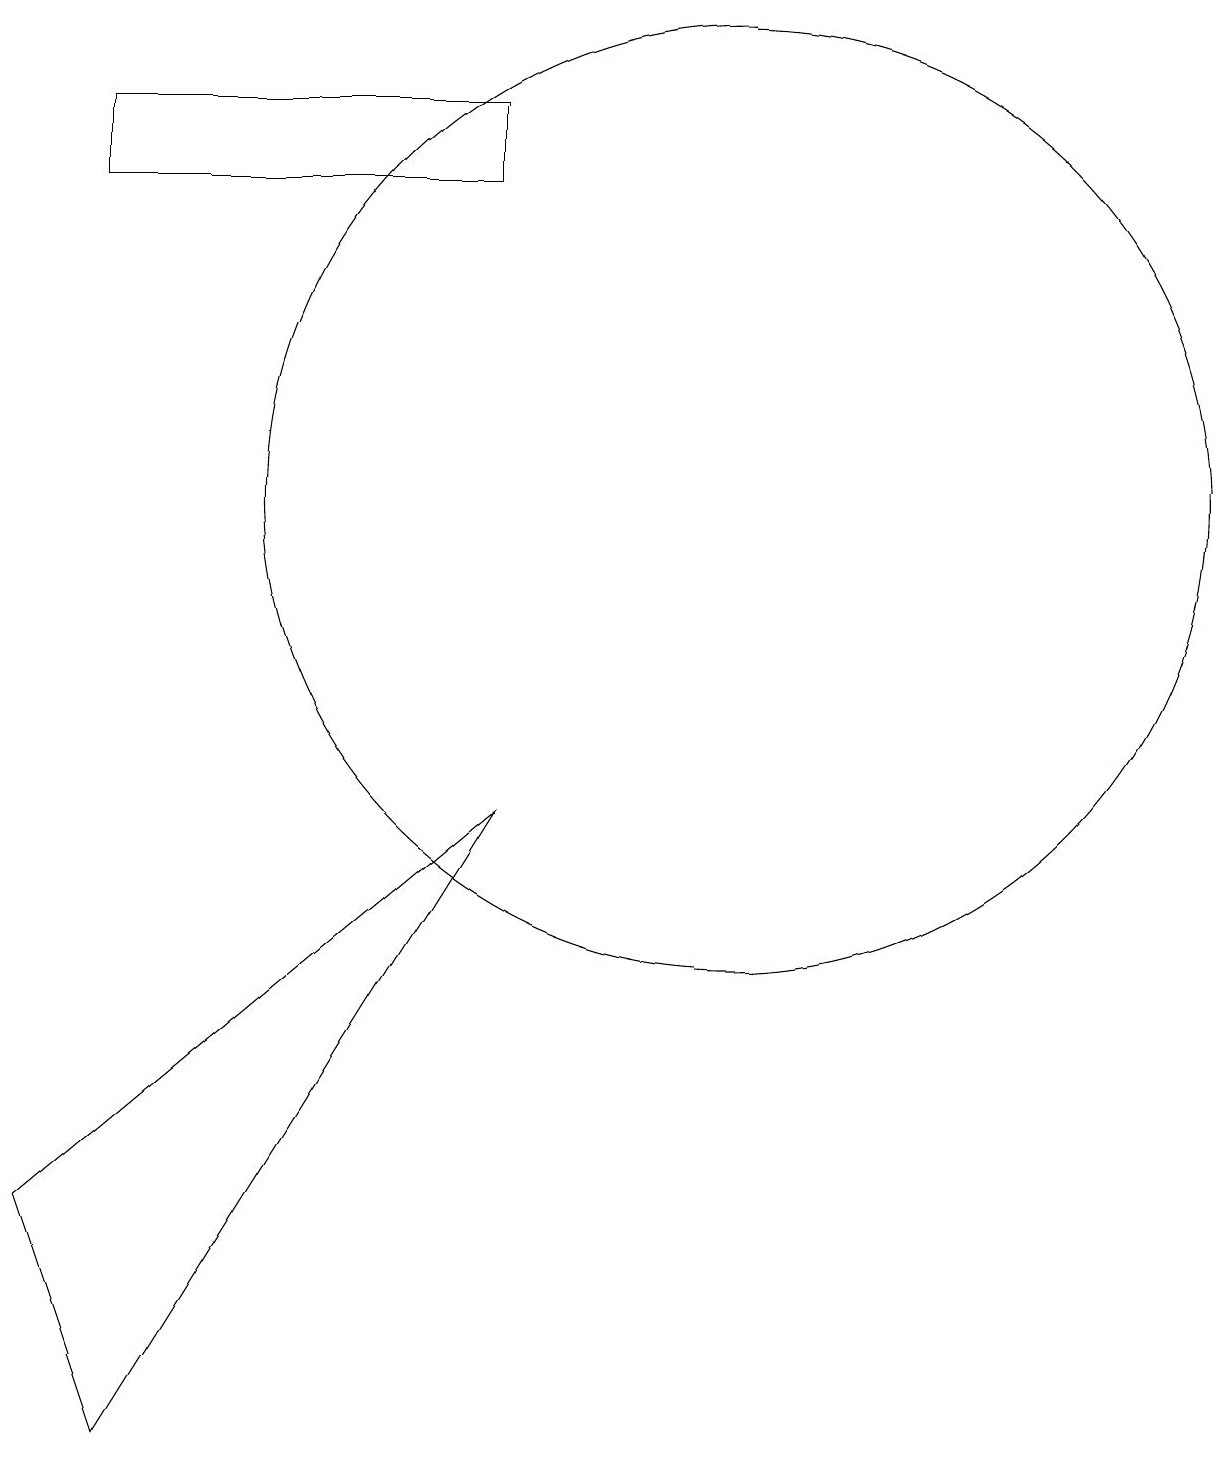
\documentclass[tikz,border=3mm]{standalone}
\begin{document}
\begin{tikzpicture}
\draw (11,12) circle (6);
\draw (3,16) rectangle (8,17);
\draw (8,8) -- (2,3) -- (3,0) -- cycle;
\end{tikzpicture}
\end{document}